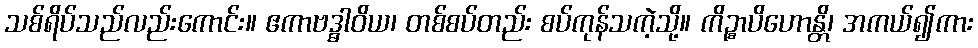
သစ်ရိပ်သည်လည်းကောင်း။ ဧကာဗဒ္ဓါဝိယ၊ တစ်စပ်တည်း စပ်ကုန်သကဲ့သို့။ ကိဉ္စာပိဟောန္တိ၊ အကယ်၍ကား